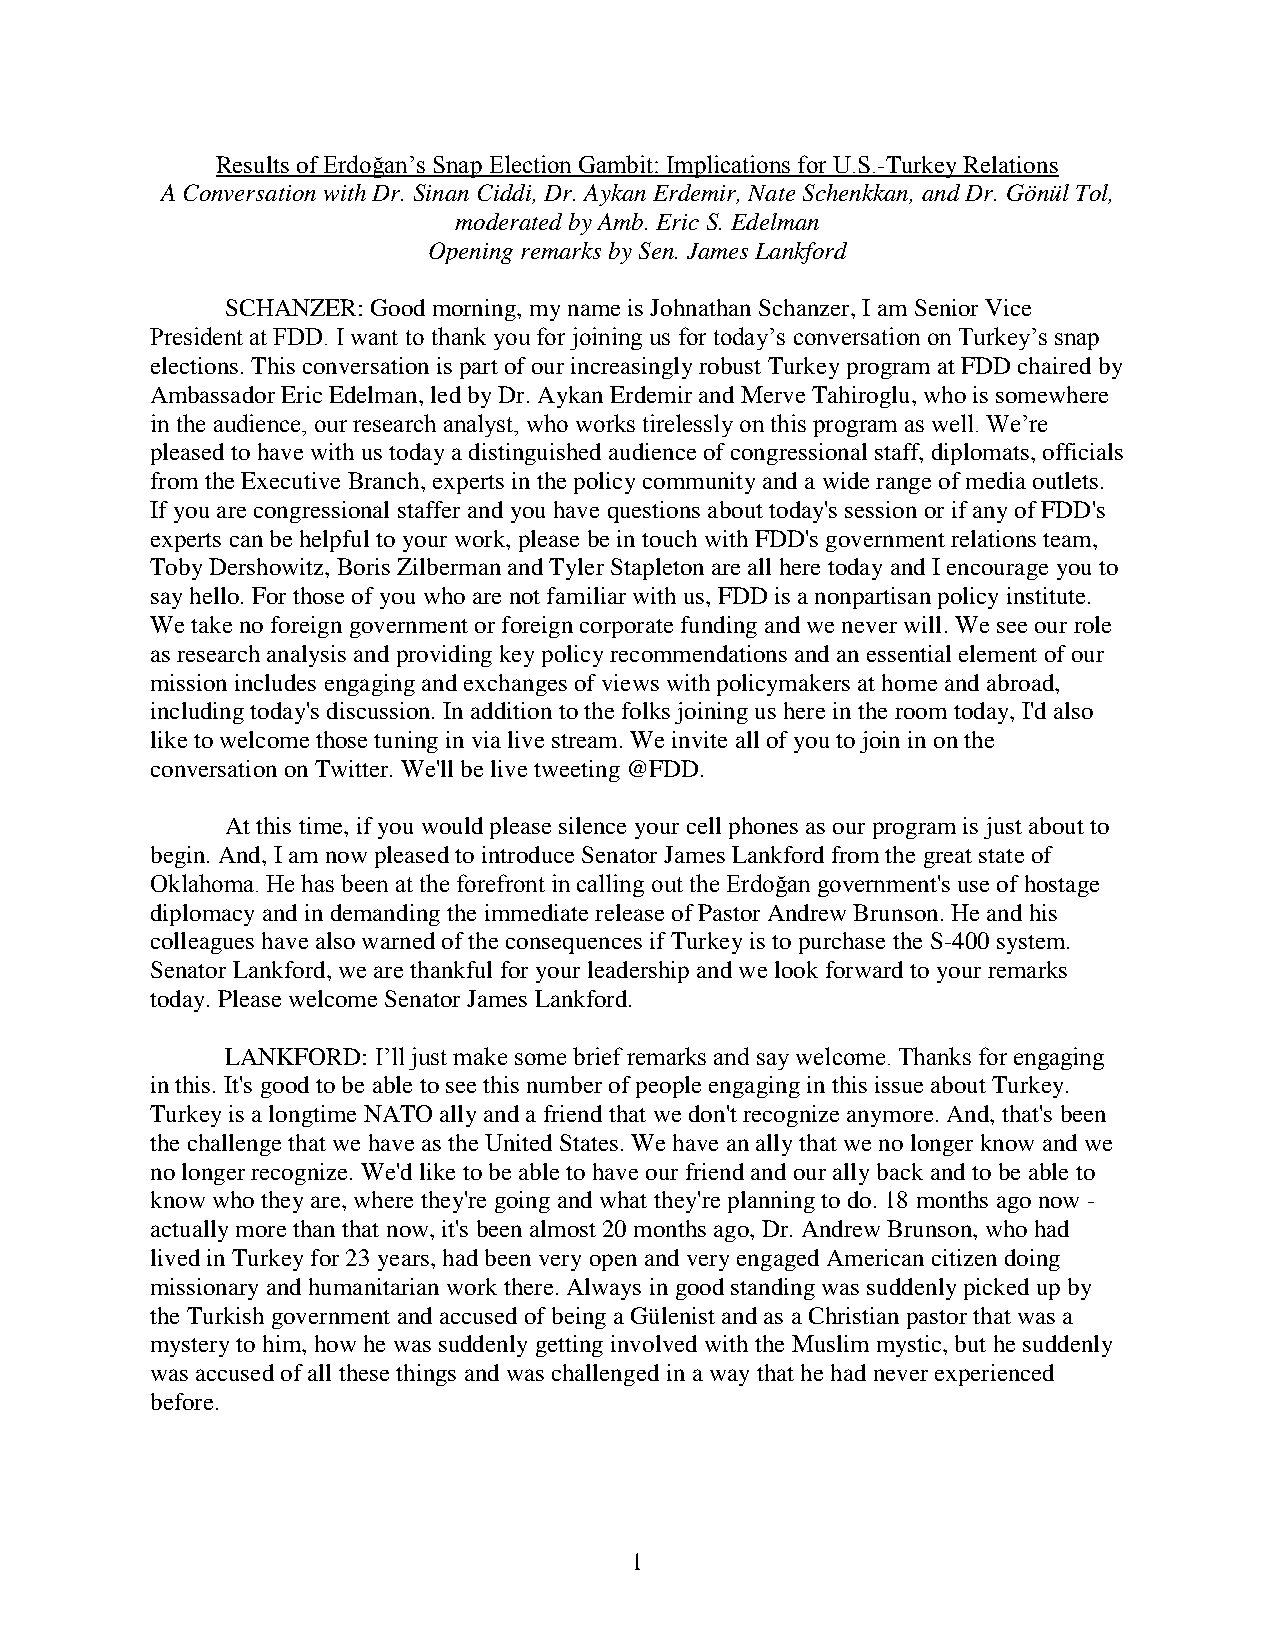
Results of Erdoğan’s Snap Election Gambit: Implications for U.S.-Turkey Relations
 A Conversation with Dr. Sinan Ciddi, Dr. Aykan Erdemir, Nate Schenkkan, and Dr. Gönül Tol,
 moderated by Amb. Eric S. Edelman
 Opening remarks by Sen. James Lankford
 SCHANZER: Good morning, my name is Johnathan Schanzer, I am Senior Vice
 President at FDD. I want to thank you for joining us for today’s conversation on Turkey’s snap
 elections. This conversation is part of our increasingly robust Turkey program at FDD chaired by
 Ambassador Eric Edelman, led by Dr. Aykan Erdemir and Merve Tahiroglu, who is somewhere
 in the audience, our research analyst, who works tirelessly on this program as well. We’re
 pleased to have with us today a distinguished audience of congressional staff, diplomats, officials
 from the Executive Branch, experts in the policy community and a wide range of media outlets.
 If you are congressional staffer and you have questions about today's session or if any of FDD's
 experts can be helpful to your work, please be in touch with FDD's government relations team,
 Toby Dershowitz, Boris Zilberman and Tyler Stapleton are all here today and I encourage you to
 say hello. For those of you who are not familiar with us, FDD is a nonpartisan policy institute.
 We take no foreign government or foreign corporate funding and we never will. We see our role
 as research analysis and providing key policy recommendations and an essential element of our
 mission includes engaging and exchanges of views with policymakers at home and abroad,
 including today's discussion. In addition to the folks joining us here in the room today, I'd also
 like to welcome those tuning in via live stream. We invite all of you to join in on the
 conversation on Twitter. We'll be live tweeting @FDD.
 At this time, if you would please silence your cell phones as our program is just about to
 begin. And, I am now pleased to introduce Senator James Lankford from the great state of
 Oklahoma. He has been at the forefront in calling out the Erdoğan government's use of hostage
 diplomacy and in demanding the immediate release of Pastor Andrew Brunson. He and his
 colleagues have also warned of the consequences if Turkey is to purchase the S-400 system.
 Senator Lankford, we are thankful for your leadership and we look forward to your remarks
 today. Please welcome Senator James Lankford.
 LANKFORD: I’ll just make some brief remarks and say welcome. Thanks for engaging
 in this. It's good to be able to see this number of people engaging in this issue about Turkey.
 Turkey is a longtime NATO ally and a friend that we don't recognize anymore. And, that's been
 the challenge that we have as the United States. We have an ally that we no longer know and we
 no longer recognize. We'd like to be able to have our friend and our ally back and to be able to
 know who they are, where they're going and what they're planning to do. 18 months ago now -
 actually more than that now, it's been almost 20 months ago, Dr. Andrew Brunson, who had
 lived in Turkey for 23 years, had been very open and very engaged American citizen doing
 missionary and humanitarian work there. Always in good standing was suddenly picked up by
 the Turkish government and accused of being a Gülenist and as a Christian pastor that was a
 mystery to him, how he was suddenly getting involved with the Muslim mystic, but he suddenly
 was accused of all these things and was challenged in a way that he had never experienced
 before.
 1